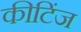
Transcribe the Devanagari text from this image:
कीटिंज